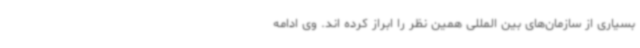
بسیاری از سازمان‌های بین المللی همین نظر را ابراز کرده اند. وی ادامه